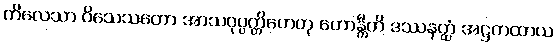
ကိလေသာ ဝိသေသတော အာသဝုပ္ပတ္တိဟေတု ဟောန္တီတိ ဒဿနတ္ထံ အဋ္ဌကထာယ